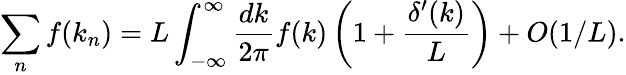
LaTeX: \sum_{n}f(k_{n})=L\int_{-\infty}^{\infty}{\frac{dk}{2\pi}}f(k)\left(1+{\frac{\delta^{\prime}(k)}{L}}\right)+O(1/L).